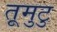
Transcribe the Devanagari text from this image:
तूमुटु